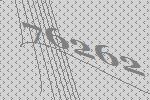
76262